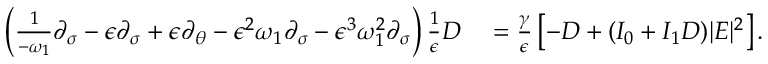
\begin{array} { r l } { \left( \frac { 1 } { - \omega _ { 1 } } \partial _ { \sigma } - \epsilon \partial _ { \sigma } + \epsilon \partial _ { \theta } - \epsilon ^ { 2 } \omega _ { 1 } \partial _ { \sigma } - \epsilon ^ { 3 } \omega _ { 1 } ^ { 2 } \partial _ { \sigma } \right) \frac { 1 } { \epsilon } D } & { { } = \frac { \gamma } { \epsilon } \left[ - D + ( I _ { 0 } + I _ { 1 } D ) | E | ^ { 2 } \right] . } \end{array}